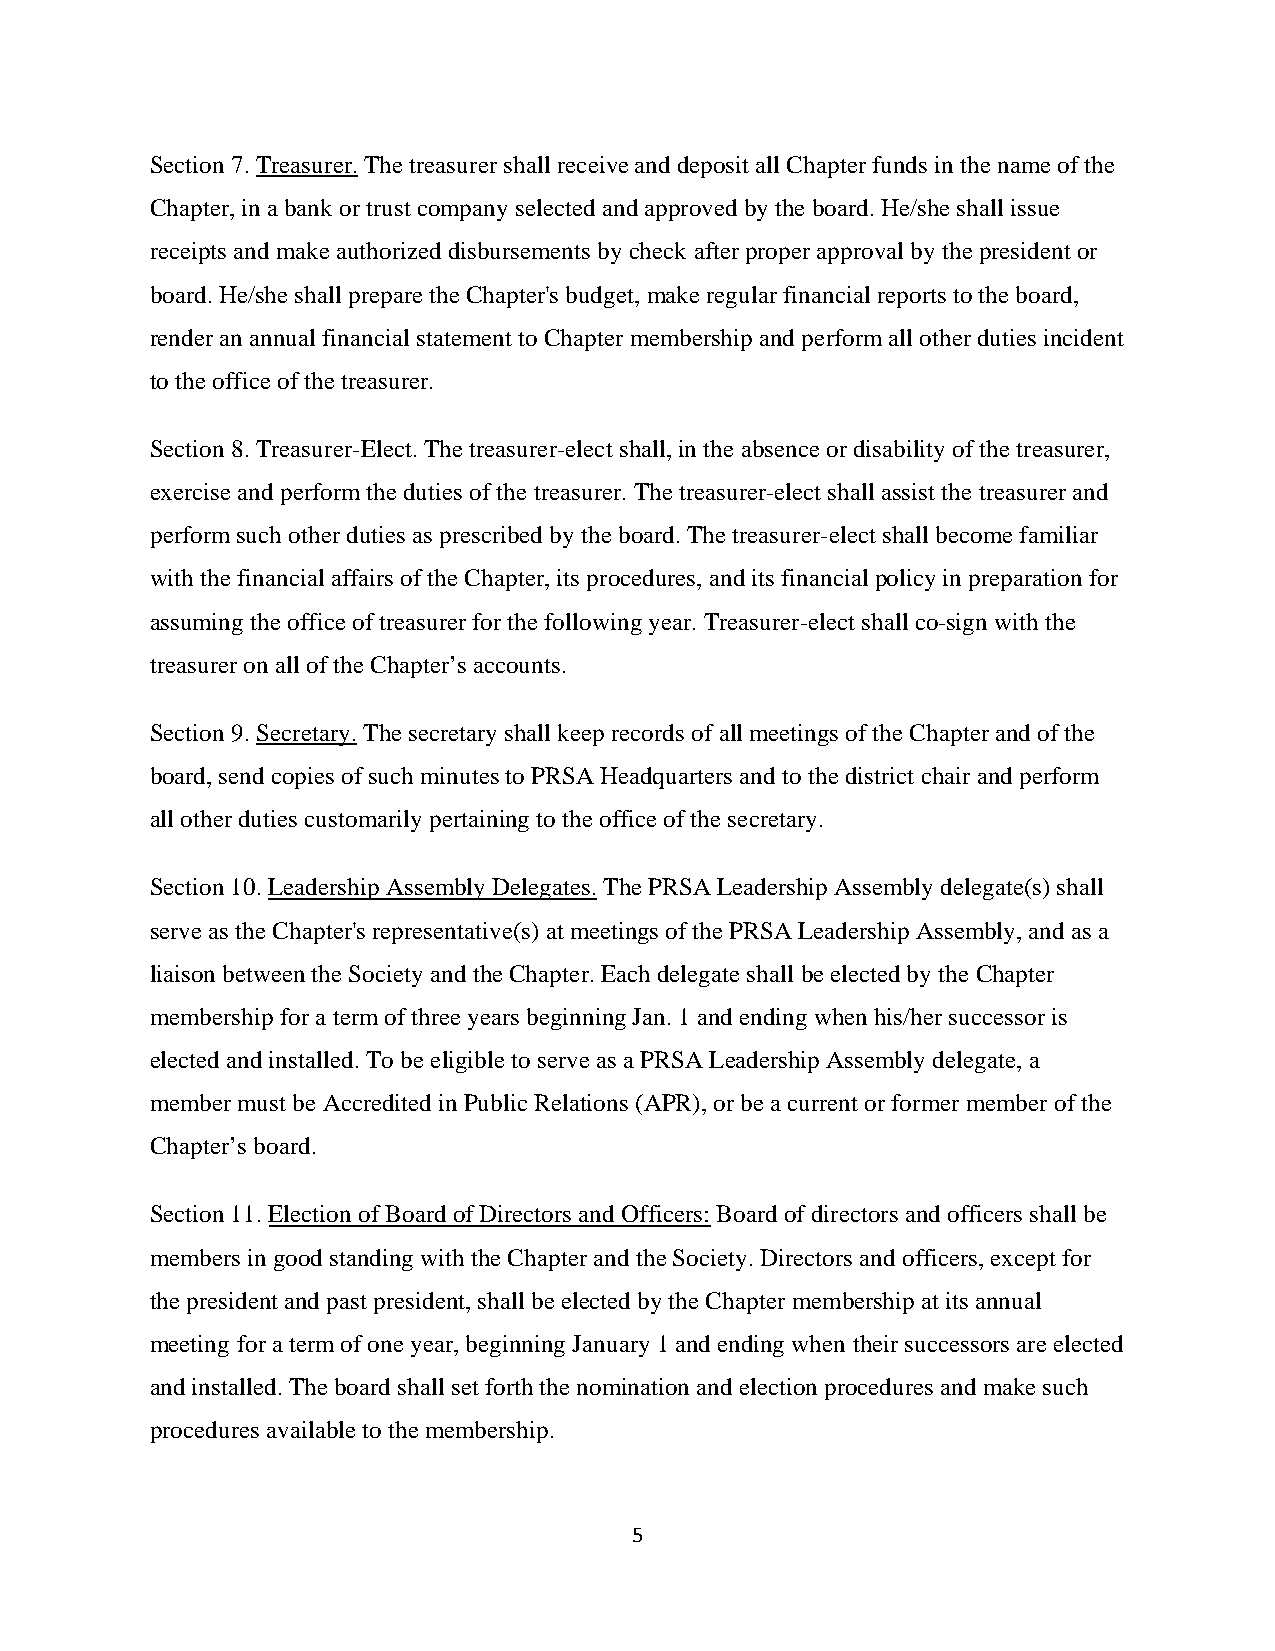
Section 7. Treasurer. The treasurer shall receive and deposit all Chapter funds in the name of the
 Chapter, in a bank or trust company selected and approved by the board. He/she shall issue
 receipts and make authorized disbursements by check after proper approval by the president or
 board. He/she shall prepare the Chapter's budget, make regular financial reports to the board,
 render an annual financial statement to Chapter membership and perform all other duties incident
 to the office of the treasurer.
 Section 8. Treasurer-Elect. The treasurer-elect shall, in the absence or disability of the treasurer,
 exercise and perform the duties of the treasurer. The treasurer-elect shall assist the treasurer and
 perform such other duties as prescribed by the board. The treasurer-elect shall become familiar
 with the financial affairs of the Chapter, its procedures, and its financial policy in preparation for
 assuming the office of treasurer for the following year. Treasurer-elect shall co-sign with the
 treasurer on all of the Chapter’s accounts.
 Section 9. Secretary. The secretary shall keep records of all meetings of the Chapter and of the
 board, send copies of such minutes to PRSA Headquarters and to the district chair and perform
 all other duties customarily pertaining to the office of the secretary.
 Section 10. Leadership Assembly Delegates. The PRSA Leadership Assembly delegate(s) shall
 serve as the Chapter's representative(s) at meetings of the PRSA Leadership Assembly, and as a
 liaison between the Society and the Chapter. Each delegate shall be elected by the Chapter
 membership for a term of three years beginning Jan. 1 and ending when his/her successor is
 elected and installed. To be eligible to serve as a PRSA Leadership Assembly delegate, a
 member must be Accredited in Public Relations (APR), or be a current or former member of the
 Chapter’s board.
 Section 11. Election of Board of Directors and Officers: Board of directors and officers shall be
 members in good standing with the Chapter and the Society. Directors and officers, except for
 the president and past president, shall be elected by the Chapter membership at its annual
 meeting for a term of one year, beginning January 1 and ending when their successors are elected
 and installed. The board shall set forth the nomination and election procedures and make such
 procedures available to the membership.
 5